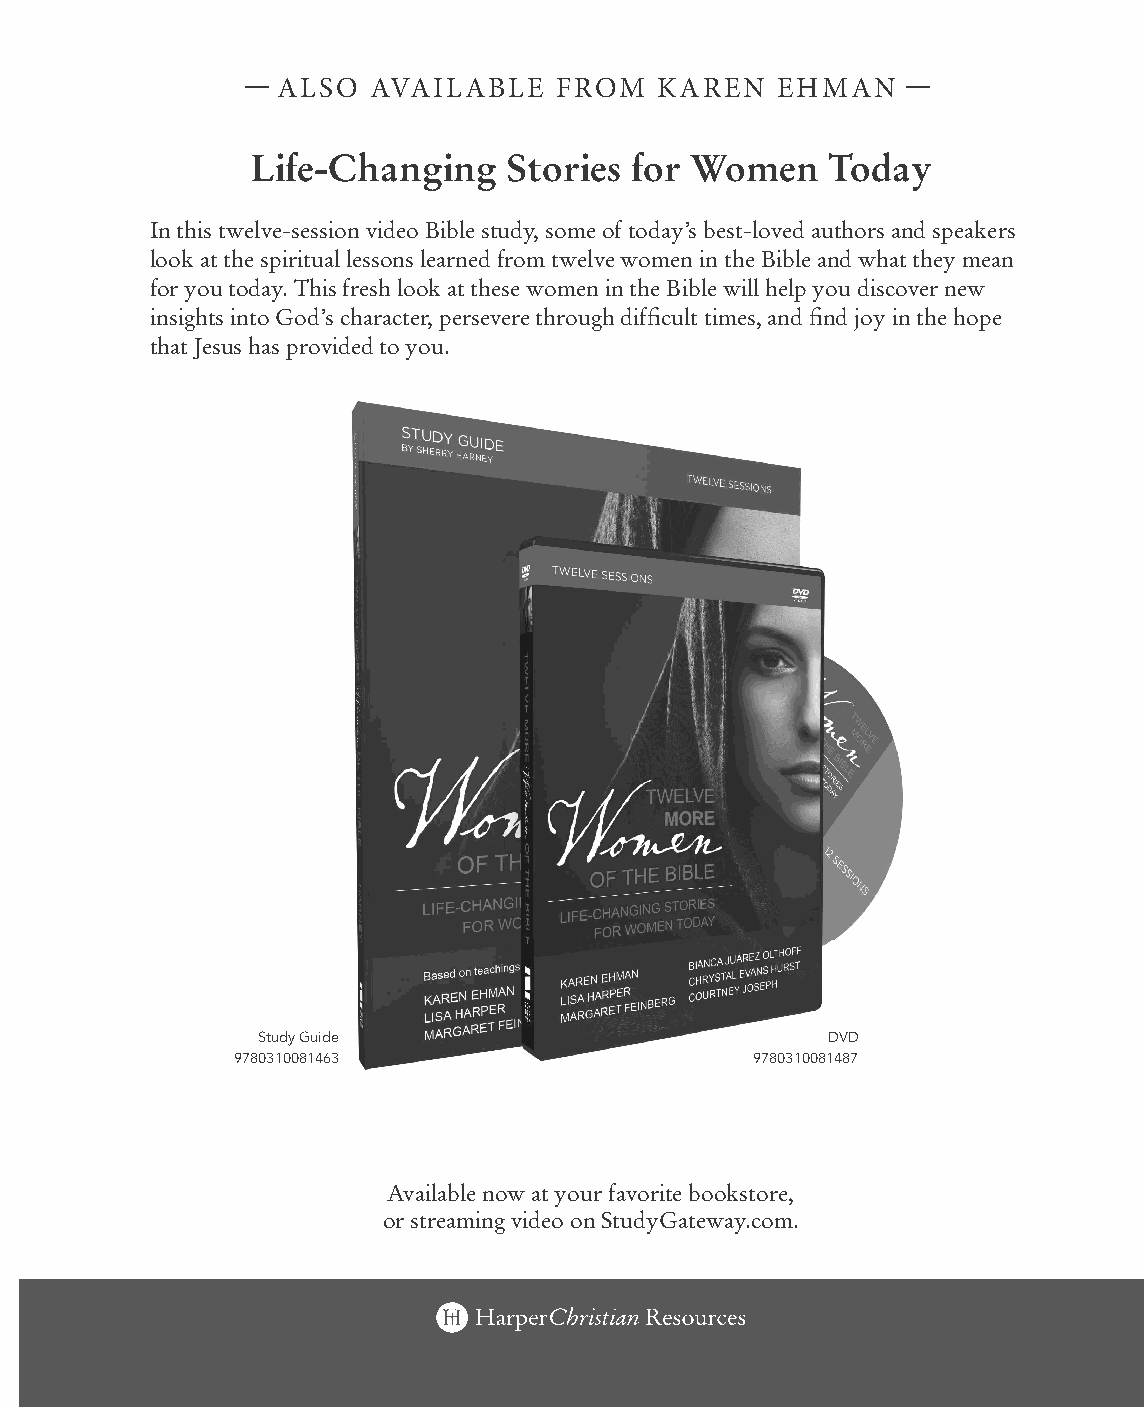
— ALSO  AVAILABLE    FROM  KAREN   EHMAN    —
 Life-Changing    Stories for Women    Today
 In this twelve-session video Bible study, some of today’s best-loved authors and speakers
 look at the spiritual lessons learned from twelve women in the Bible and what they mean
 for you today. This fresh look at these women in the Bible will help you discover new
 insights into God’s character, persevere through diffi cult times, and fi nd joy in the hope
 that Jesus has provided to you.
 Study Guide                           DVD
 9780310081463                      9780310081487
 Available now at your favorite bookstore,
 or streaming video on StudyGateway.com.
 99778800331100008822776677__MMaakkiinnggOOtthheerrssHHaappppyySSGG__iinntt__SSCC..iinndddd 114499 1100//1122//2211 11::1177 PPMM